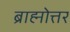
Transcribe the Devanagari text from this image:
ब्राह्मोत्तर